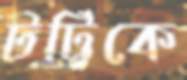
টট্টিকে